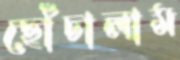
ছোঁচালাম